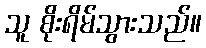
သူ စိုးရိမ်သွားသည်။